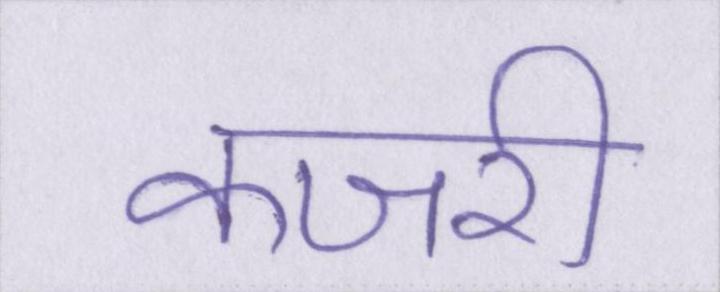
कजरी